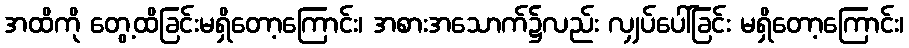
အထိကို တွေ့ထိခြင်းမရှိတော့ကြောင်း၊ အစားအသောက်၌လည်း လျှပ်ပေါ်ခြင်း မရှိတော့ကြောင်း၊